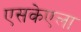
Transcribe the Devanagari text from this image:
एसकेएला